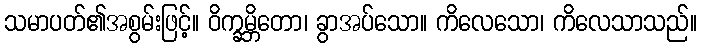
သမာပတ်၏အစွမ်းဖြင့်။ ဝိက္ခမ္ဘိတော၊ ခွာအပ်သော။ ကိလေသော၊ ကိလေသာသည်။